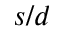
s / d